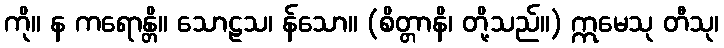
ကို။ န ကရောန္တိ။ သောဠသ၊ န်သော။ (စိတ္တာနိ၊ တို့သည်။) ဣမေသု တီသု၊